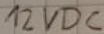
Text: 12VDC